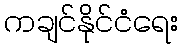
ကချင်နိုင်ငံရေး